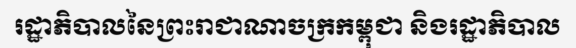
រដ្ឋាភិបាលនៃព្រះរាជាណាចក្រកម្ពុជា និងរដ្ឋាភិបាល